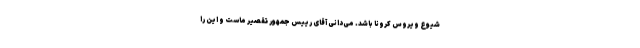
شیوع ویروس کرونا باشد. می‌دانی آقای رییس جمهور تقصیر ماست و این را